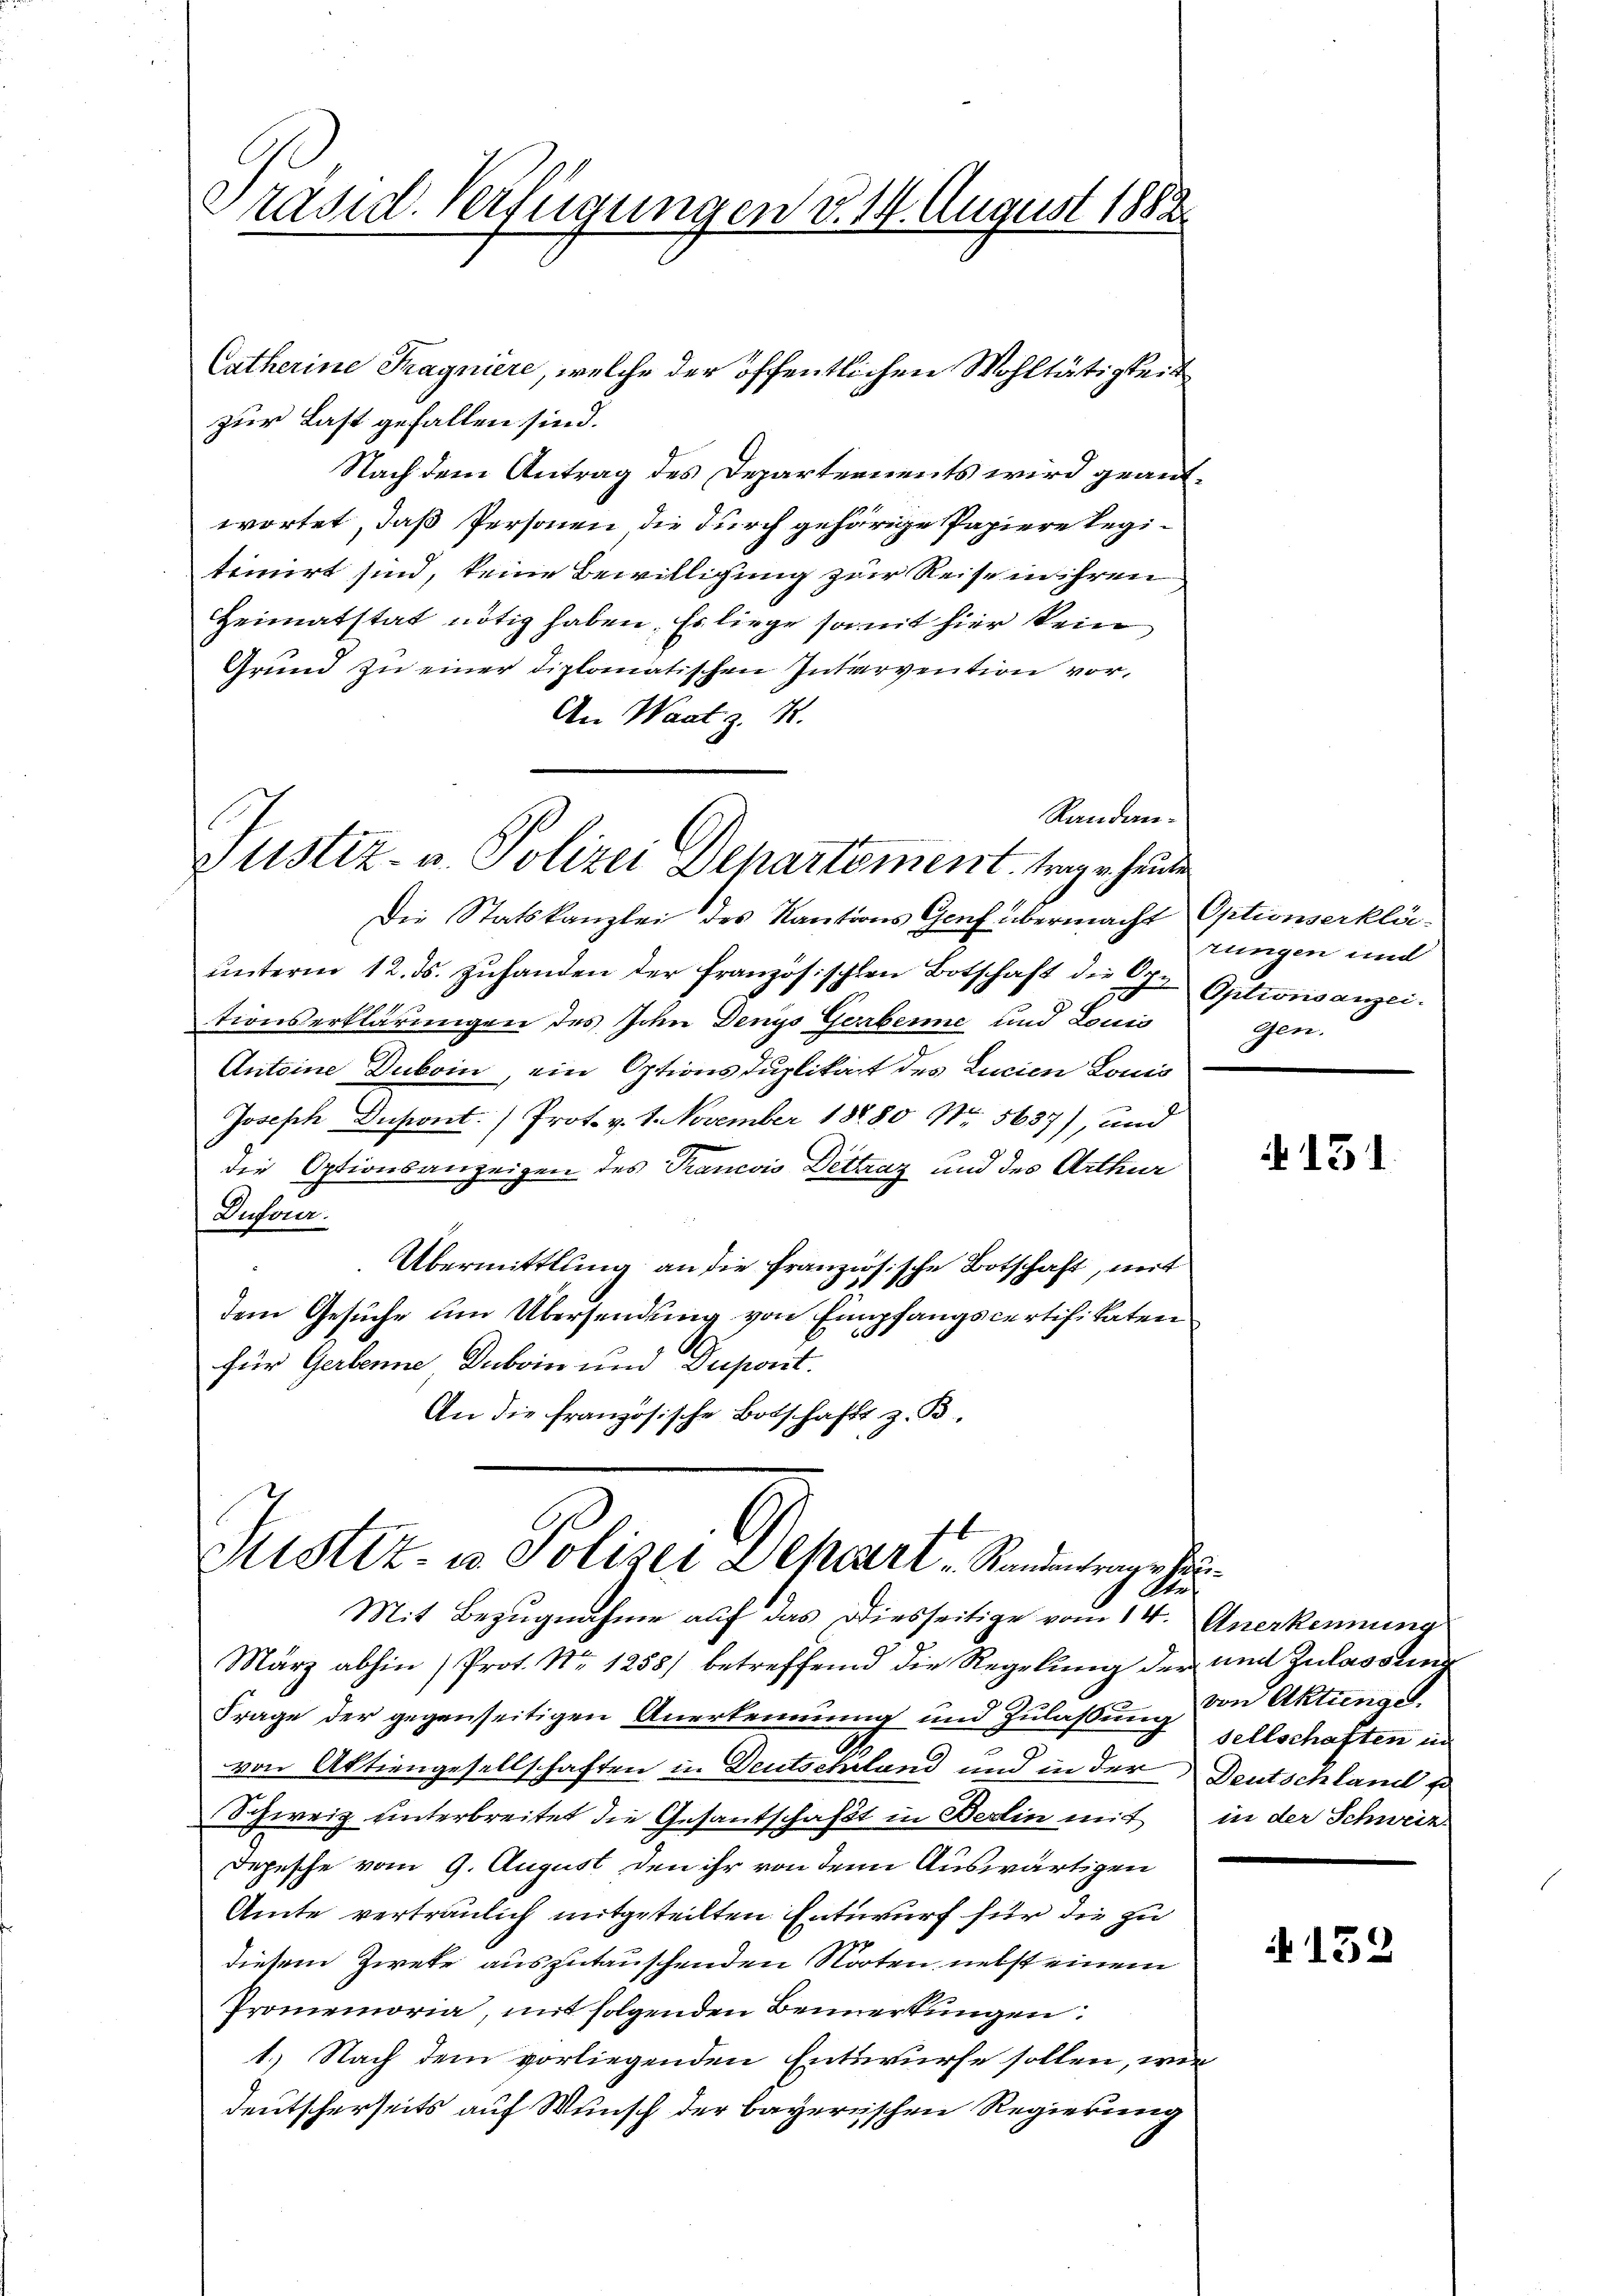
Präsid. Verfügungen v. 14. August 1888.

Justiz- u. Polizei Departement trage heute

Catherine Tragniere, welche der öffentlichen Wohltätigkeit
zur Last gefallen sind.
Nach dem Antrag des Departements wird geantwortet, daß Personen die durch gehörige Papiere legitimirt sind, keine Bewilligung zur Reise in ihren
Heimatstat nötig haben. Es liege somit hier kein
Grund zu einer diplomatischen Intervention vor¬
An Waatz. 4.
Die Statskanzlei des Kautions Genf übermacht Optionserkläŭnterm 12. ds. zŭhanden der französischen Botschaft die Oper Optionsanzei
tionserklärungen des John Denys Gerbenne und Louis
Antoine Duboin, ein Optionsduplikat des Licien Louis
Joseph Insiont.) Prot. v. 1. November 18880 Nr. 5637), und
die Optionsanzeigen des Trancois Dettraz und des Arthur
Dufeier.
Übermittlung an die französische Botschaft, mit
dem Gesuche um Übersendung von Empfangscertifikaten
für Gerbenne Duboin und Dupont.
An die französische Botschafft z. B.

Randan¬

Justiz- u Polizei Depart Standentrage her
Ste
Mit Bezugnahme auf das Diesseitige vom 14. Anerkennung

März abhin) Prot. No 1255) betreffend die Regelung der und Zulassten
Frage der gegenseitigen Anerkennung und Zulassung sellschaften in
von Aktiengesellschaften in Deutschland und in der Deutschland so
Schweiz unterbreitet die Gesantschafft in Berlin mit in der Schweiz
Depesche vom 9. August den ihr von dem Auswärtigen
Amte vertraulich mitgeteilten Entwurf für die zu
diesem Zweke auszutauschenden Noten nebst einem
Promemoria, mit folgenden Bemerkungen:
1.) Nach dem vorliegenden Entwurfe sollen, wie
deutscherseits auf Wunsch der bayerischen Regierung

rungen und
gen.

131.

von Aktunge

A 152